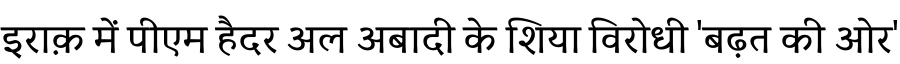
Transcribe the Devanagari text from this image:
इराक़ में पीएम हैदर अल अबादी के शिया विरोधी 'बढ़त की ओर'